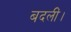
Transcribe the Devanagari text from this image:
बदलीं।